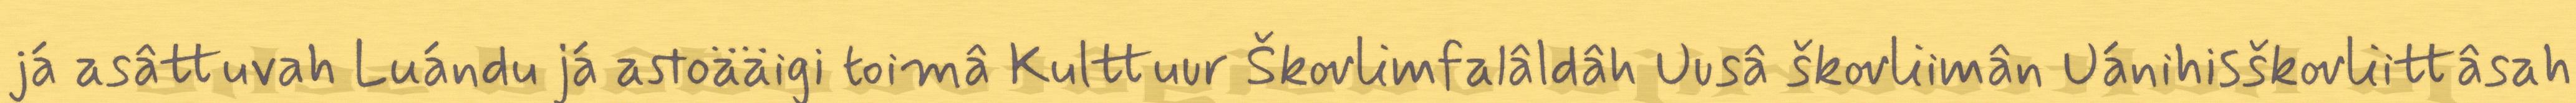
já asâttuvah Luándu já astoääigi toimâ Kulttuur Škovlimfalâldâh Uusâ škovliimân Uánihisškovliittâsah